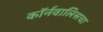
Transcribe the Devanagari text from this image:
कॉर्नवालिसचा